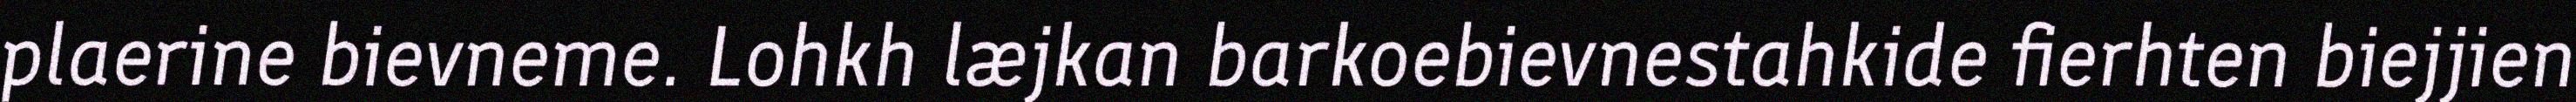
plaerine bievneme. Lohkh læjkan barkoebievnestahkide fierhten biejjien